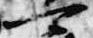
可